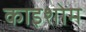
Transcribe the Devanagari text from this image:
काइशोम